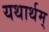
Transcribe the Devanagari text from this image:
यथार्थम्